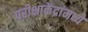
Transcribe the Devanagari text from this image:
परीक्षाकेंद्रांमध्ये